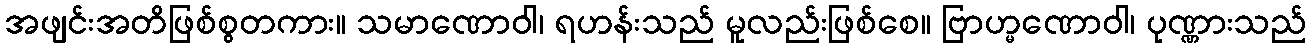
အဖျင်းအတိဖြစ်စွတကား။ သမာဏောဝါ၊ ရဟန်းသည် မူလည်းဖြစ်စေ။ ဗြာဟ္မဏောဝါ၊ ပုဏ္ဏားသည်